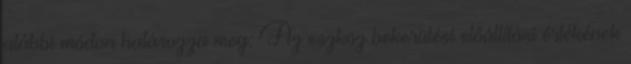
alábbi módon határozza meg: Az eszköz bekerülési előállítási értékének